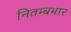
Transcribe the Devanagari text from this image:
नितम्बभार